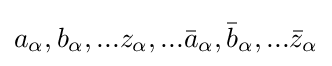
a_{\alpha },b_{\alpha },...z_{\alpha },...{\bar {a}}_{\alpha },{\bar {b}}_{\alpha },...{\bar {z}}_{\alpha }